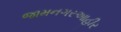
જામનગરઆહીર